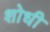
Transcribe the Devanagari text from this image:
शोधी